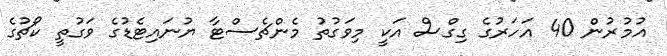
އުމުރުން 40 އަހަރުގެ ގިގްސް އަކީ މިވަގުތު މެންޗެސްޓާ ޔުނައިޓެޑުގެ ވަގުތީ ކޯޗުގެ